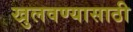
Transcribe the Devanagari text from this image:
खुलवण्यासाठी